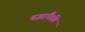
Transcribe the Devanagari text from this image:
यज्ञांपैकी